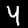
Digit: 4